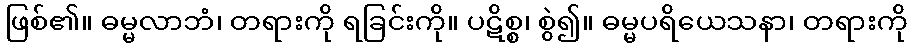
ဖြစ်၏။ ဓမ္မလာဘံ၊ တရားကို ရခြင်းကို။ ပဋိစ္စ၊ စွဲ၍။ ဓမ္မပရိယေသနာ၊ တရားကို